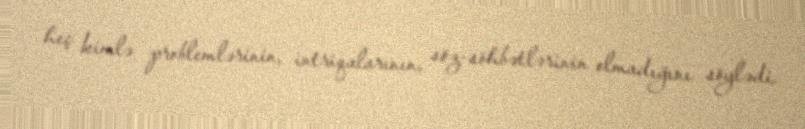
heç kimlə problemlərinin, intriqalarının, söz-söhbətlərinin olmadığını söylədi.